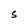
Character: S